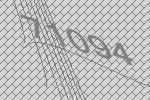
71094